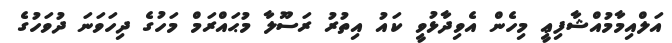
އަލްއިމާމުއްޝާފިޢީ މިހެން އެވިދާޅުވީ ކައު އިތުރު ރަސޫލާ މުޙައްރަމް މަހުގެ ދިހަވަނަ ދުވަހުގެ